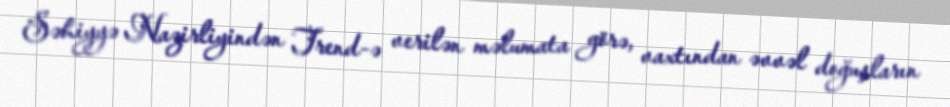
Səhiyyə Nazirliyindən Trend-ə verilən məlumata görə, vaxtından əvvəl doğuşların